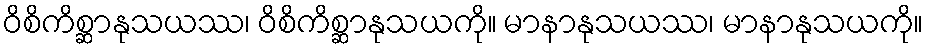
ဝိစိကိစ္ဆာနုသယဿ၊ ဝိစိကိစ္ဆာနုသယကို။ မာနာနုသယဿ၊ မာနာနုသယကို။